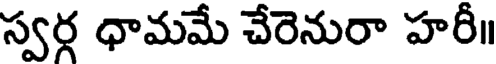
స్వర్గ ధామమే చేరెనురా హరీ